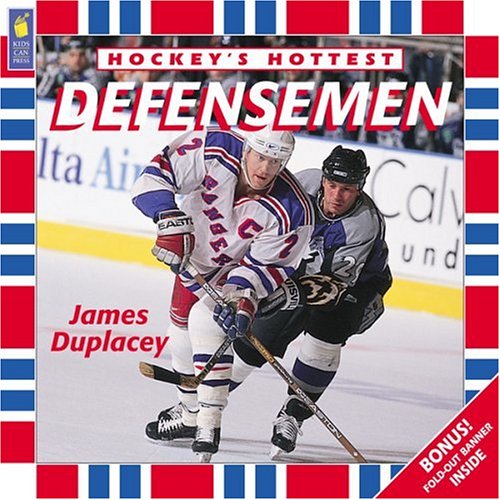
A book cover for Defensemen (Hockey?s Hottest); James Duplacey; Children's Books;